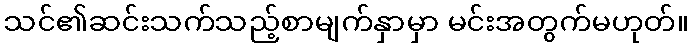
သင်၏ဆင်းသက်သည့်စာမျက်နှာမှာ မင်းအတွက်မဟုတ်။